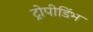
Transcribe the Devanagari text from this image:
ट्रोपीडिंभ